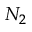
N _ { 2 }